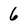
Character: 6